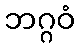
ဘဂ္ဂဝံ